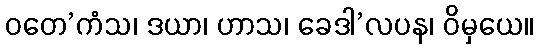
ဝတေ’ကံသ၊ ဒယာ၊ ဟာသ၊ ခေဒါ’လပန၊ ဝိမှယေ။